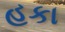
હકા